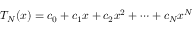
T _ { N } ( x ) = c _ { 0 } + c _ { 1 } x + c _ { 2 } x ^ { 2 } + \cdots + c _ { N } x ^ { N }